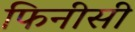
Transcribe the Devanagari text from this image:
फिनीसी